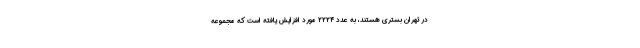
در تهران بستری هستند، به عدد ۲۲۲۴ مورد افزایش یافته است که مجموعه